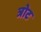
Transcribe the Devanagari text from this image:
त्रोट